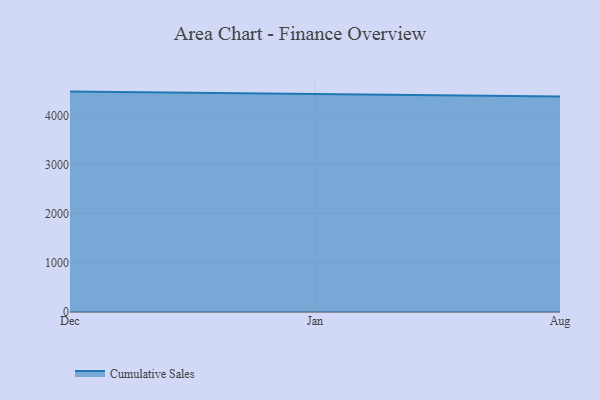
{"axis": {"x": "Month", "y": "Gross Profit (USD K)"}, "legend": ["Cumulative Sales"], "data": [{"x": "Dec", "y": 4482.2, "type": "Cumulative Sales"}, {"x": "Jan", "y": 4436.6, "type": "Cumulative Sales"}, {"x": "Aug", "y": 4381.3, "type": "Cumulative Sales"}]}